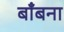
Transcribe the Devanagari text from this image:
बाँबना